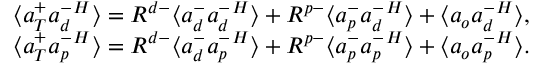
\begin{array} { r } { \langle { a } _ { T } ^ { + } { { a } _ { d } ^ { - } } ^ { H } \rangle = R ^ { d - } \langle { a } _ { d } ^ { - } { { a } _ { d } ^ { - } } ^ { H } \rangle + R ^ { p - } \langle { a } _ { p } ^ { - } { { a } _ { d } ^ { - } } ^ { H } \rangle + \langle { a } _ { o } { { a } _ { d } ^ { - } } ^ { H } \rangle , } \\ { \langle { a } _ { T } ^ { + } { { a } _ { p } ^ { - } } ^ { H } \rangle = R ^ { d - } \langle { a } _ { d } ^ { - } { { a } _ { p } ^ { - } } ^ { H } \rangle + R ^ { p - } \langle { a } _ { p } ^ { - } { { a } _ { p } ^ { - } } ^ { H } \rangle + \langle { a } _ { o } { { a } _ { p } ^ { - } } ^ { H } \rangle . } \end{array}